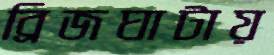
ব্রিজঘাটায়